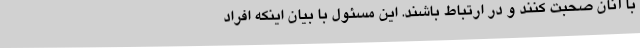
با آنان صحبت کنند و در ارتباط باشند. این مسئول با بیان اینکه افراد